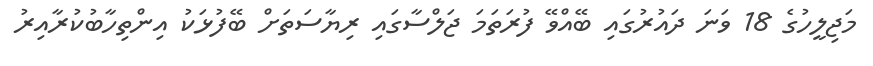
މަޖިލީހުގެ 18 ވަނަ ދައުރުގައި ބޭއްވޭ ފުރަތަމަ ޖަލްސާގައި ރިޔާސަތަށް ބޭފުޅަކު އިންތިހާބުކުރާއިރު